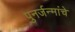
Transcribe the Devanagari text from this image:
पुनर्जन्मांचे